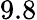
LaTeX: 9.8